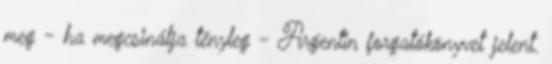
meg - ha megcsinálja tényleg - Argentin forgatókönyvet jelent.